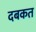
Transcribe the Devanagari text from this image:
दबकत